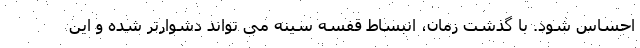
احساس شود. با گذشت زمان، انبساط قفسه سینه می تواند دشوارتر شده و این